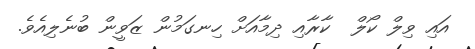
އައި ވިލް ކޯލް  ކާރާއި ދިމާއަށް ހިނގަމުން ޒަވީން ބުނެލިއެވެ.